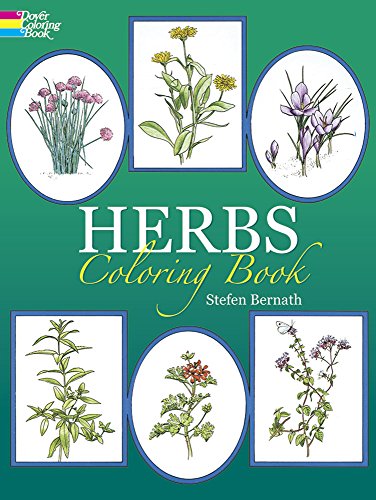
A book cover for Herbs Coloring Book (Dover Nature Coloring Book); Stefen Bernath; Children's Books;